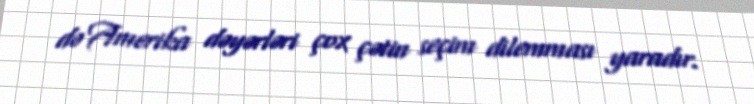
də Amerika dəyərləri çox çətin seçim dilemması yaradır.